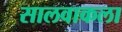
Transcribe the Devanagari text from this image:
सालवाकला